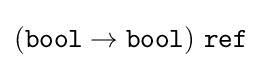
{\textstyle ({\mathtt {bool}}\to {\mathtt {bool}})\ {\mathtt {ref}}}